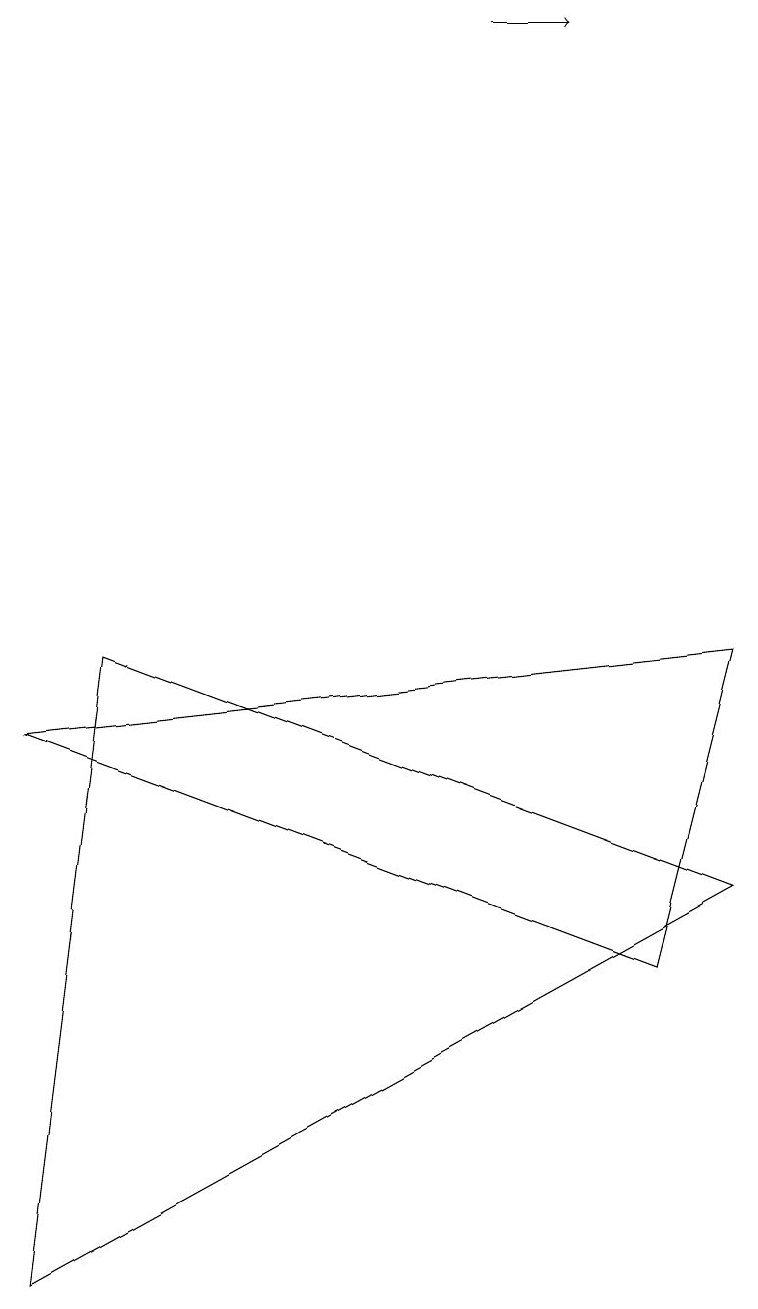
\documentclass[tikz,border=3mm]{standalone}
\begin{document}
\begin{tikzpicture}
\draw (0,0) -- (9,5) -- (1,8) -- cycle;
\draw (9,8) -- (0,7) -- (8,4) -- cycle;
\draw[->] (6,16) -- (7,16);
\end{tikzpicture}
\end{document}